Report on lock hospitals in British Burma
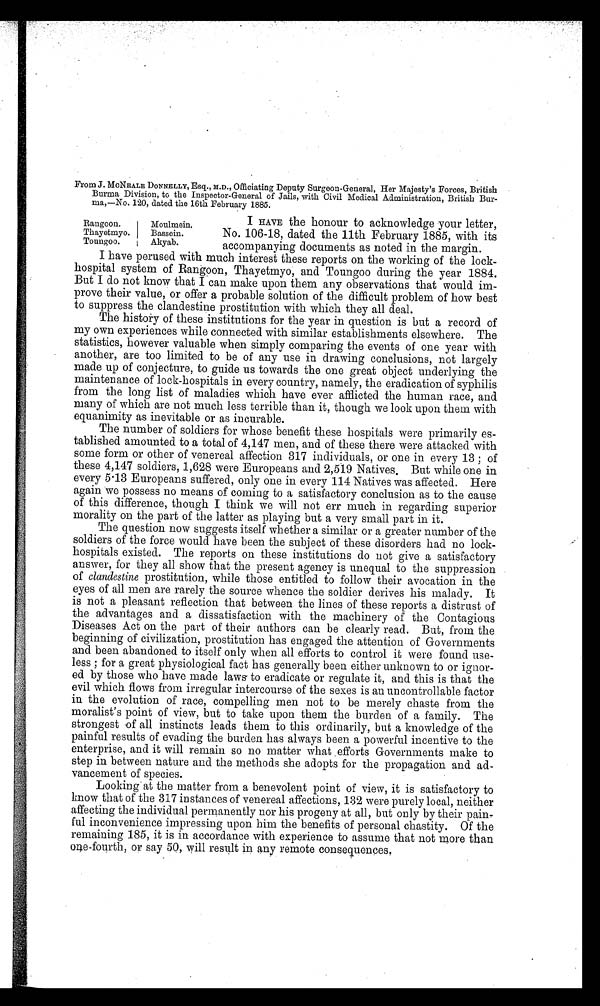
From J. McNEALE DONNELLY, Esq., M.D., Officiating Deputy Surgeon-General, Her Majesty's Forces, British
Burma Division, to the Inspector-General of Jails, with Civil Medical Administration, British Bur-
ma,—No. 120, dated the 16th February 1885.
Rangoon
Moulmein,
Thayetmyo
Bassein.
Toungoo.
Akyab.
I HAVE the honour to acknowledge your letter,
No. 106-18, dated the 11th February 1885, with its
accompanying documents as noted in the margin.
I have perused with much interest these reports on the working of the lock-
hospital system of Rangoon, Thayetmyo, and Toungoo during the year 1884.
But I do not know that I can make upon them any observations that would im-
prove their value, or offer a probable solution of the difficult problem of how best
to suppress the clandestine prostitution with which they all deal.
The history of these institutions for the year in question is but a record of
my own experiences while connected with similar establishments elsewhere. The
statistics, however valuable when simply comparing the events of one year with
another, are too limited to be of any use in drawing conclusions, not largely
made up of conjecture, to guide us towards the one great object underlying the
maintenance of lock-hospitals in every country, namely, the eradication of syphilis
from the long list of maladies which have ever afflicted the human race, and
many of which are not much less terrible than it, though we look upon them with
equanimity as inevitable or as incurable.
The number of soldiers for whose benefit these hospitals were primarily es-
tablished amounted to a total of 4,147 men, and of these there were attacked with
some form or other of venereal affection 317 individuals, or one in every 13 ; of
these 4,147 soldiers, 1,628 were Europeans and 2,519 Natives, But while one in
every 5 . 13 Europeans suffered, only one in every 114 Natives was affected. Here
again we possess no means of coming to a satisfactory conclusion as to the cause
of this difference, though I think we will not err much in regarding superior
morality on the part of the latter as playing but a very small part in it.
The question now suggests itself whether a similar or a greater number of the
soldiers of the force would have been the subject of these disorders had no lock-
hospitals existed. The reports on these institutions do not give a satisfactory
answer, for they all show that the present agency is unequal to the suppression
of clandestine prostitution, while those entitled to follow their avocation in the
eyes of all men are rarely the source whence the soldier derives his malady. It
is not a pleasant reflection that between the lines of these reports a distrust of
the advantages and a dissatisfaction with the machinery of the Contagious
Diseases Act on the part of their authors can be clearly read. But, from the
beginning of civilization, prostitution has engaged the attention of Governments
and been abandoned to itself only when all efforts to control it were found use-
less ; for a great physiological fact has generally been either unknown to or ignor-
ed by those who have made laws to eradicate or regulate it, and this is that the
evil which flows from irregular intercourse of the sexes is an uncontrollable factor
in the evolution of race, compelling men not to be merely chaste from the
moralist's point of view, but to take upon them the burden of a family. The
strongest of all instincts leads them to this ordinarily, but a knowledge of the
painful results of evading the burden has always been a powerful incentive to the
enterprise, and it will remain so no matter what efforts Governments make to
step in between nature and the methods she adopts for the propagation and ad-
vancement of species.
Looking at the matter from a benevolent point of view, it is satisfactory to
know that of the 317 instances of venereal affections, 132 were purely local, neither
affecting the individual permanently nor his progeny at all, but only by their pain-
ful inconvenience impressing upon him the benefits of personal chastity. Of the
remaining 185, it is in accordance with experience to assume that not more than
one-fourth, or say 50, will result in any remote consequences.